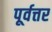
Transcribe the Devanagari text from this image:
पूर्वत्तर